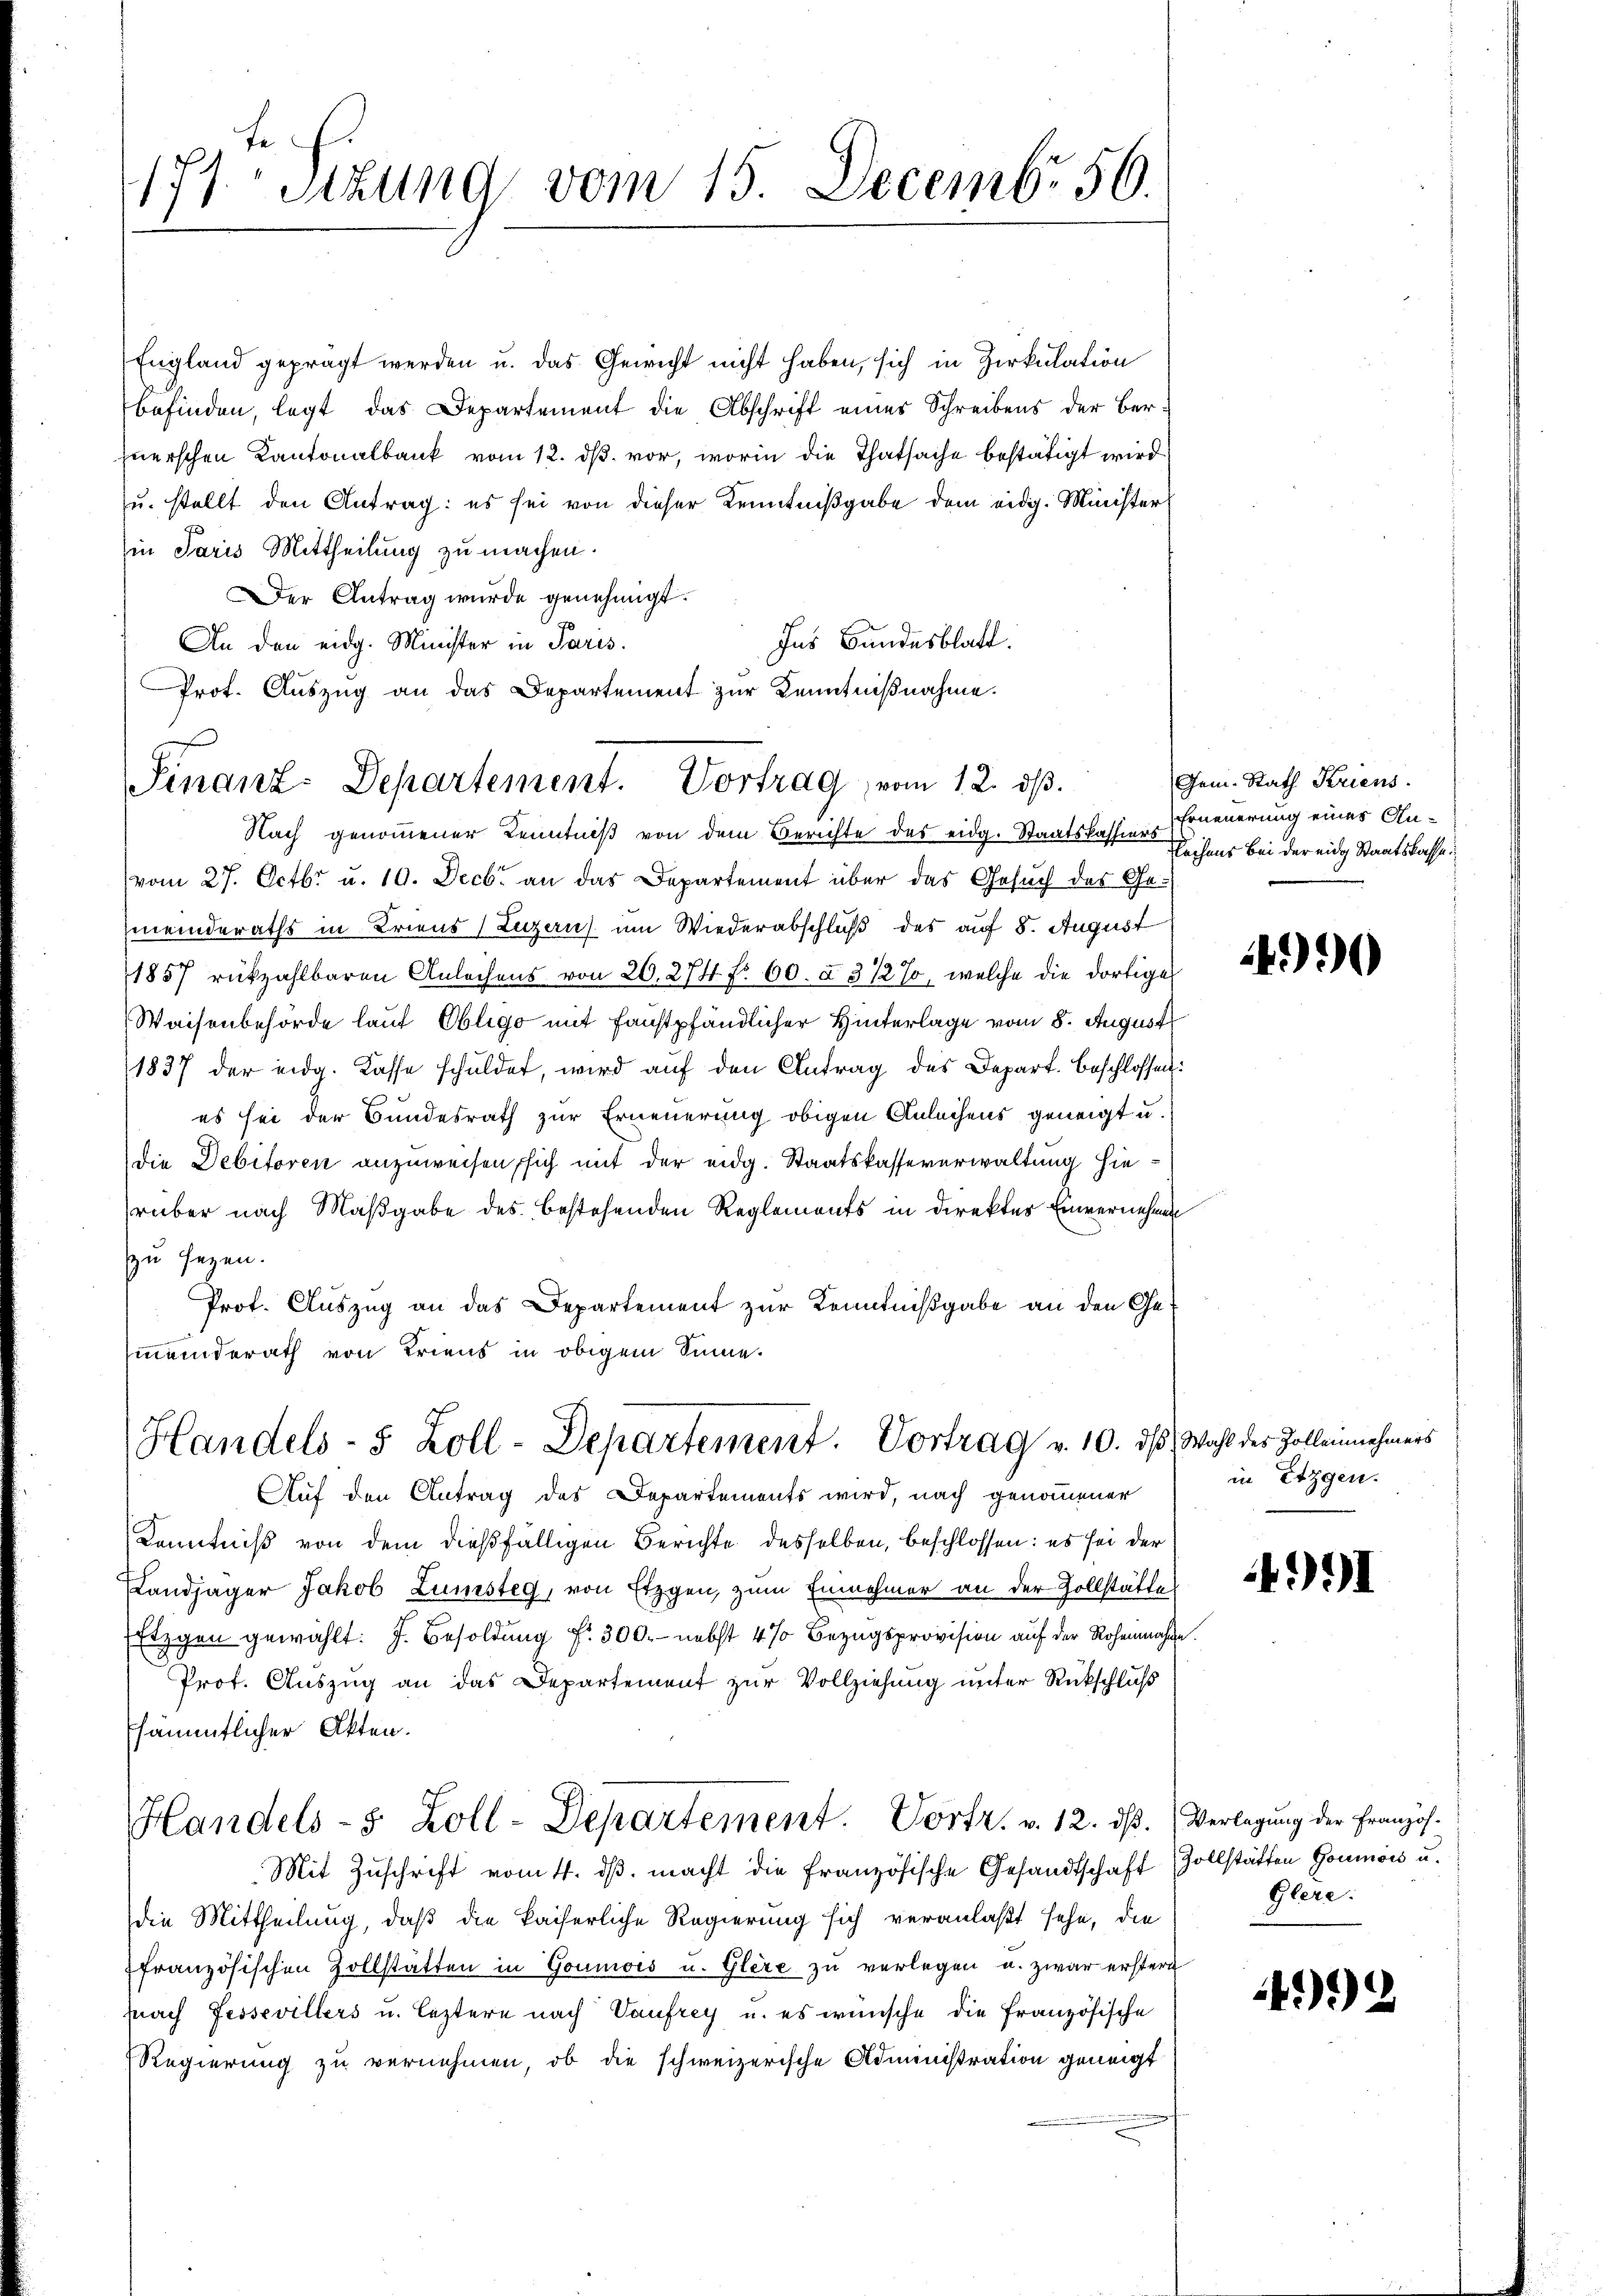
171 Sizung vom 15. Decembr. 50.

England geprägt werden u. das Gewicht nicht haben, sich in Zirkulation
befinden, legt das Departement die Abschrift eines Schreibens der Ber
fnerschen Kantonalbank vom 12. ds. vor, worin die Thatsache bestätigt wird
u. stellt den Antrag: es sei von dieser Kenntnißgabe dem eidg. Minister
in Paris Mittheilung zu machen.
Der Antrag wurde genehmigt.
Ins Bundesblatt.
An den eidg. Minister in Paris.
Prot. Auszug an das Departement zur Kenntnißnahme.
Nach genommener Kenntniß von dem Berichte des eidg. Staatskassiers
(vom 27. Octbr. u. 10. Decbr an das Departement über das Gesuch des Gemeinderaths in Kriens (Luzern um Wiederabschluß des auf 8. August
1857 rückzahlbaren Anleihens von 20. 274 f. 60. à 3 1/2 %, welche die dortige
Waisenbehörde lauf Obligo mit Faustpfändlicher Hinterlage vom 8. August
1837 der eidg. Kasse schuldet, wird aŭf den Antrag des Depart. Beschlossen:
es sei der Bundesrath zur Erneuerung obigen Anleihens geneigt u.
die Debitoren anzuweisen, sich mit der eidg. Staatskasseverwaltung hierüber nach Maßgabe des bestehenden Reglements in Direkter Einvernehmen
zu sezen.
Prof. Auszug an das Departement zur Kenntnißgabe an den Gemeinderath von Triens in obigem Sinne.

Finanz-Departement. Vortrag, vom 12. ds.

Handels- 5 Zoll-Departement. Vortrag v. 10. ds. Wahl des Zollennehmers
Auf den Antrag des Departements wird, nach genommener

Handels- 5 Zoll-Departement. Vortr. v. 12. dß. Verlegung der Französ.

Gem. Rath Kriens
Erneuerung eines An¬
Sachens bei der eidg Staatskasse

Kenntniß von dem dießfälligen Berichte desselben, beschlossen: es sei der
Landjäger Jakob Lunsteg, von Etzgen, zum Einnehmer an der Zollstätte
Etzgen gewählt. J. Besoldung f. 300.- nebst 4 % Bezugsprovision auf der Rosenmache.
Prof. Auszug an das Departement zur Vollziehung unter Rückschluß
sämmtlicher Akten.
Mit Zuschrift vom 4. dβ. macht die französische Gesandtschaft Zollstätten Goumois u.
die Mittheilung, daß die kaiserliche Regierung sich veranlaßt sehe, die
französischen Zollstätten in Goumois u. Glere zu verlegen u. zwar erstern
fnach Fessevillers u. leztere nach Vaufrey u. es wünsche die französische
Regierung zu vernehmen, ob die schweizerische Administration geneigt

4990

in Etzgen.

4991

Glere:

492